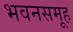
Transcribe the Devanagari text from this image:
भवनसमूह